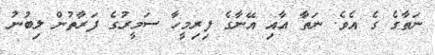
ނަތާގެ ގެ އެވެ. ނަތާ އާއި އޭނާގެ ފިރިމީހާ ސަމީރުގެ ފަރާތުން ލިބުނު